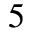
^ { 5 }